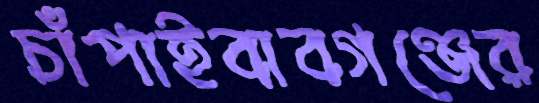
চাঁপাইবাবগঞ্জের